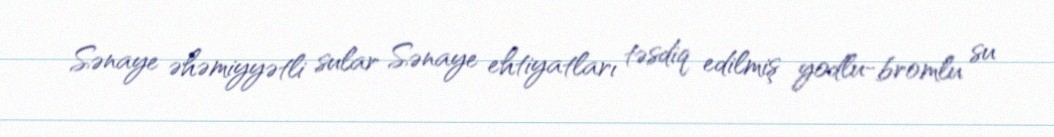
Sənaye əhəmiyyətli sular Sənaye ehtiyatları təsdiq edilmiş yodlu-bromlu su